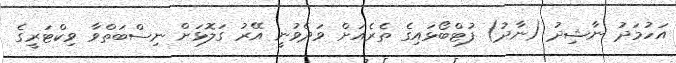
އަހުމަދު ނާޝިދު (ނާދު) ފުޓްބޯޅައިގެ ތެރެއަށް ވަދެވުނީ އޭރު ގަލޮޅަށް ނިސްބަތްވާ ވިކްޓަރީގެ